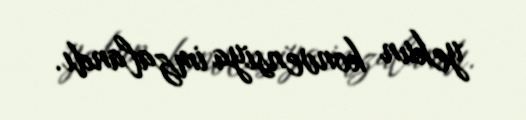
yekun konvensiya imzalandı.